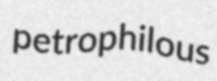
petrophilous